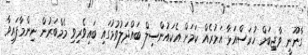
ގާނޫނީ ވާޖިބަަށް ހުރަސްއަޅާ އަމުރެއް ކަމަށް އެކައުންސިލް ބައްދަލުވުމުގައި ބައިވެރިވި މެމްބަރުން ނިންމާފައިވާ